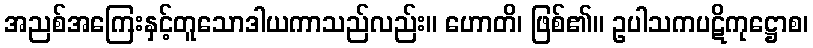
အညစ်အကြေးနှင့်တူသောဒါယကာသည်လည်း။ ဟောတိ၊ ဖြစ်၏။ ဥပါသကပဋိကုဋ္ဌောစ၊